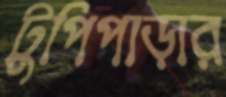
টুপিপাড়ার